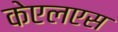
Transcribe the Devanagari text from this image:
केएलएस